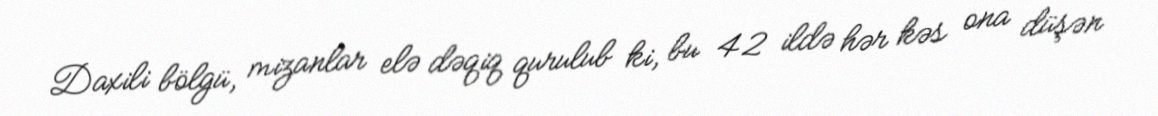
Daxili bölgü, mizanlar elə dəqiq qurulub ki, bu 42 ildə hər kəs ona düşən